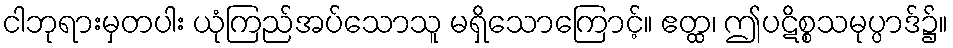
ငါဘုရားမှတပါး ယုံကြည်အပ်သောသူ မရှိသောကြောင့်။ ဧတ္ထ၊ ဤပဋိစ္စသမုပ္ပာဒ်၌။